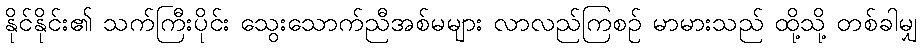
နိုင်နိုင်း၏ သက်ကြီးပိုင်း သွေးသောက်ညီအစ်မများ လာလည်ကြစဉ် မာမားသည် ထို့သို့ တစ်ခါမျှ